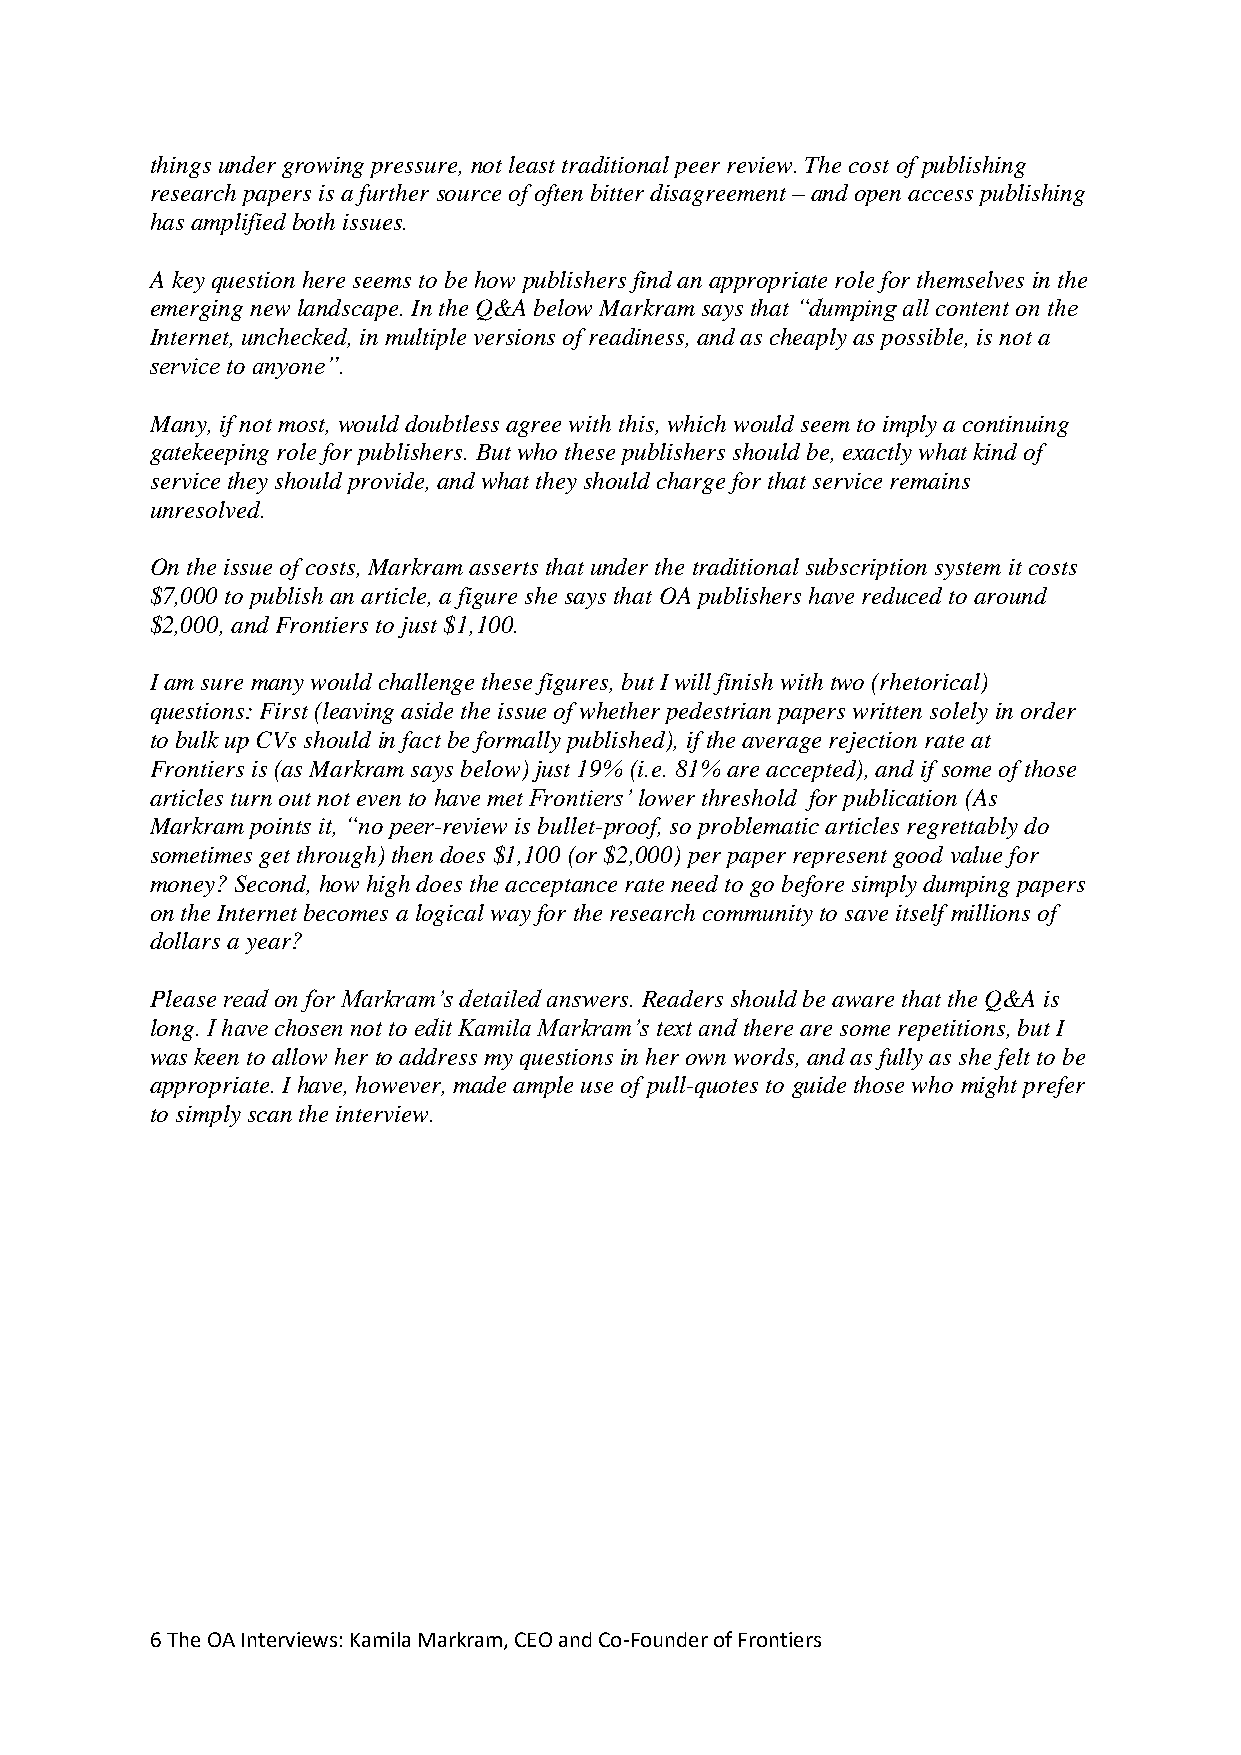
things under growing pressure, not least traditional peer review. The cost of publishing
 research papers is a further source of often bitter disagreement – and open access publishing
 has amplified both issues.
 A key question here seems to be how publishers find an appropriate role for themselves in the
 emerging new landscape. In the Q&A below Markram says that “dumping all content on the
 Internet, unchecked, in multiple versions of readiness, and as cheaply as possible, is not a
 service to anyone”.
 Many, if not most, would doubtless agree with this, which would seem to imply a continuing
 gatekeeping role for publishers. But who these publishers should be, exactly what kind of
 service they should provide, and what they should charge for that service remains
 unresolved.
 On the issue of costs, Markram asserts that under the traditional subscription system it costs
 $7,000 to publish an article, a figure she says that OA publishers have reduced to around
 $2,000, and Frontiers to just $1,100.
 I am sure many would challenge these figures, but I will finish with two (rhetorical)
 questions: First (leaving aside the issue of whether pedestrian papers written solely in order
 to bulk up CVs should in fact be formally published), if the average rejection rate at
 Frontiers is (as Markram says below) just 19% (i.e. 81% are accepted), and if some of those
 articles turn out not even to have met Frontiers’ lower threshold for publication (As
 Markram points it, “no peer-review is bullet-proof, so problematic articles regrettably do
 sometimes get through) then does $1,100 (or $2,000) per paper represent good value for
 money? Second, how high does the acceptance rate need to go before simply dumping papers
 on the Internet becomes a logical way for the research community to save itself millions of
 dollars a year?
 Please read on for Markram’s detailed answers. Readers should be aware that the Q&A is
 long. I have chosen not to edit Kamila Markram’s text and there are some repetitions, but I
 was keen to allow her to address my questions in her own words, and as fully as she felt to be
 appropriate. I have, however, made ample use of pull-quotes to guide those who might prefer
 to simply scan the interview.
 6 The OA Interviews: Kamila Markram, CEO and Co-Founder of Frontiers